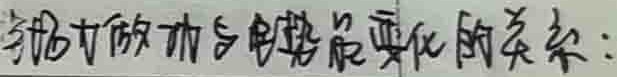
电场力做功与电势能变化的关系：